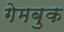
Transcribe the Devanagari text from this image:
गेमबुक